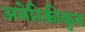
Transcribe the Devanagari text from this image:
अमेरिकीकृत